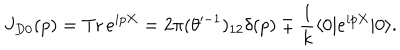
LaTeX: J _ { D 0 } ( p ) = \mathrm { T r } \, e ^ { i p X } = 2 \pi ( \theta ^ { - 1 } ) _ { 1 2 } \delta ( p ) \mp \frac { 1 } { k } \langle 0 | e ^ { i p X } | 0 \rangle .